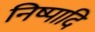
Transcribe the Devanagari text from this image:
निष्पादि